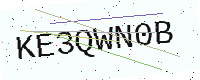
Text: KE3QWN0B